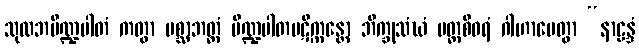
သုလဘပိဏ္ဍပါတံ ကတွာ ပစ္ဆာဘတ္တံ ပိဏ္ဍပါတပဋိက္ကန္တော ဘိက္ခုသံဃံ ပတ္တစီဝရံ ဂါဟာပေတွာ “နာဠန္ဒံ